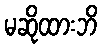
မဆိုထားဘိ